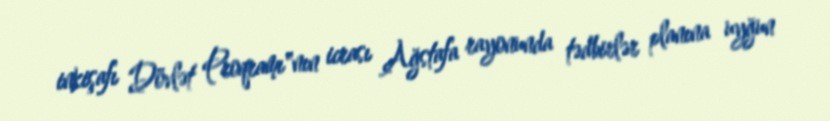
inkişafı Dövlət Proqramı"nın icrası Ağstafa rayonunda tədbirlər planına uyğun